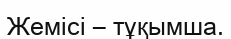
Жемісі – тұқымша.